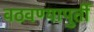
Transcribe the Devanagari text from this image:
वठवण्यापुर्ती